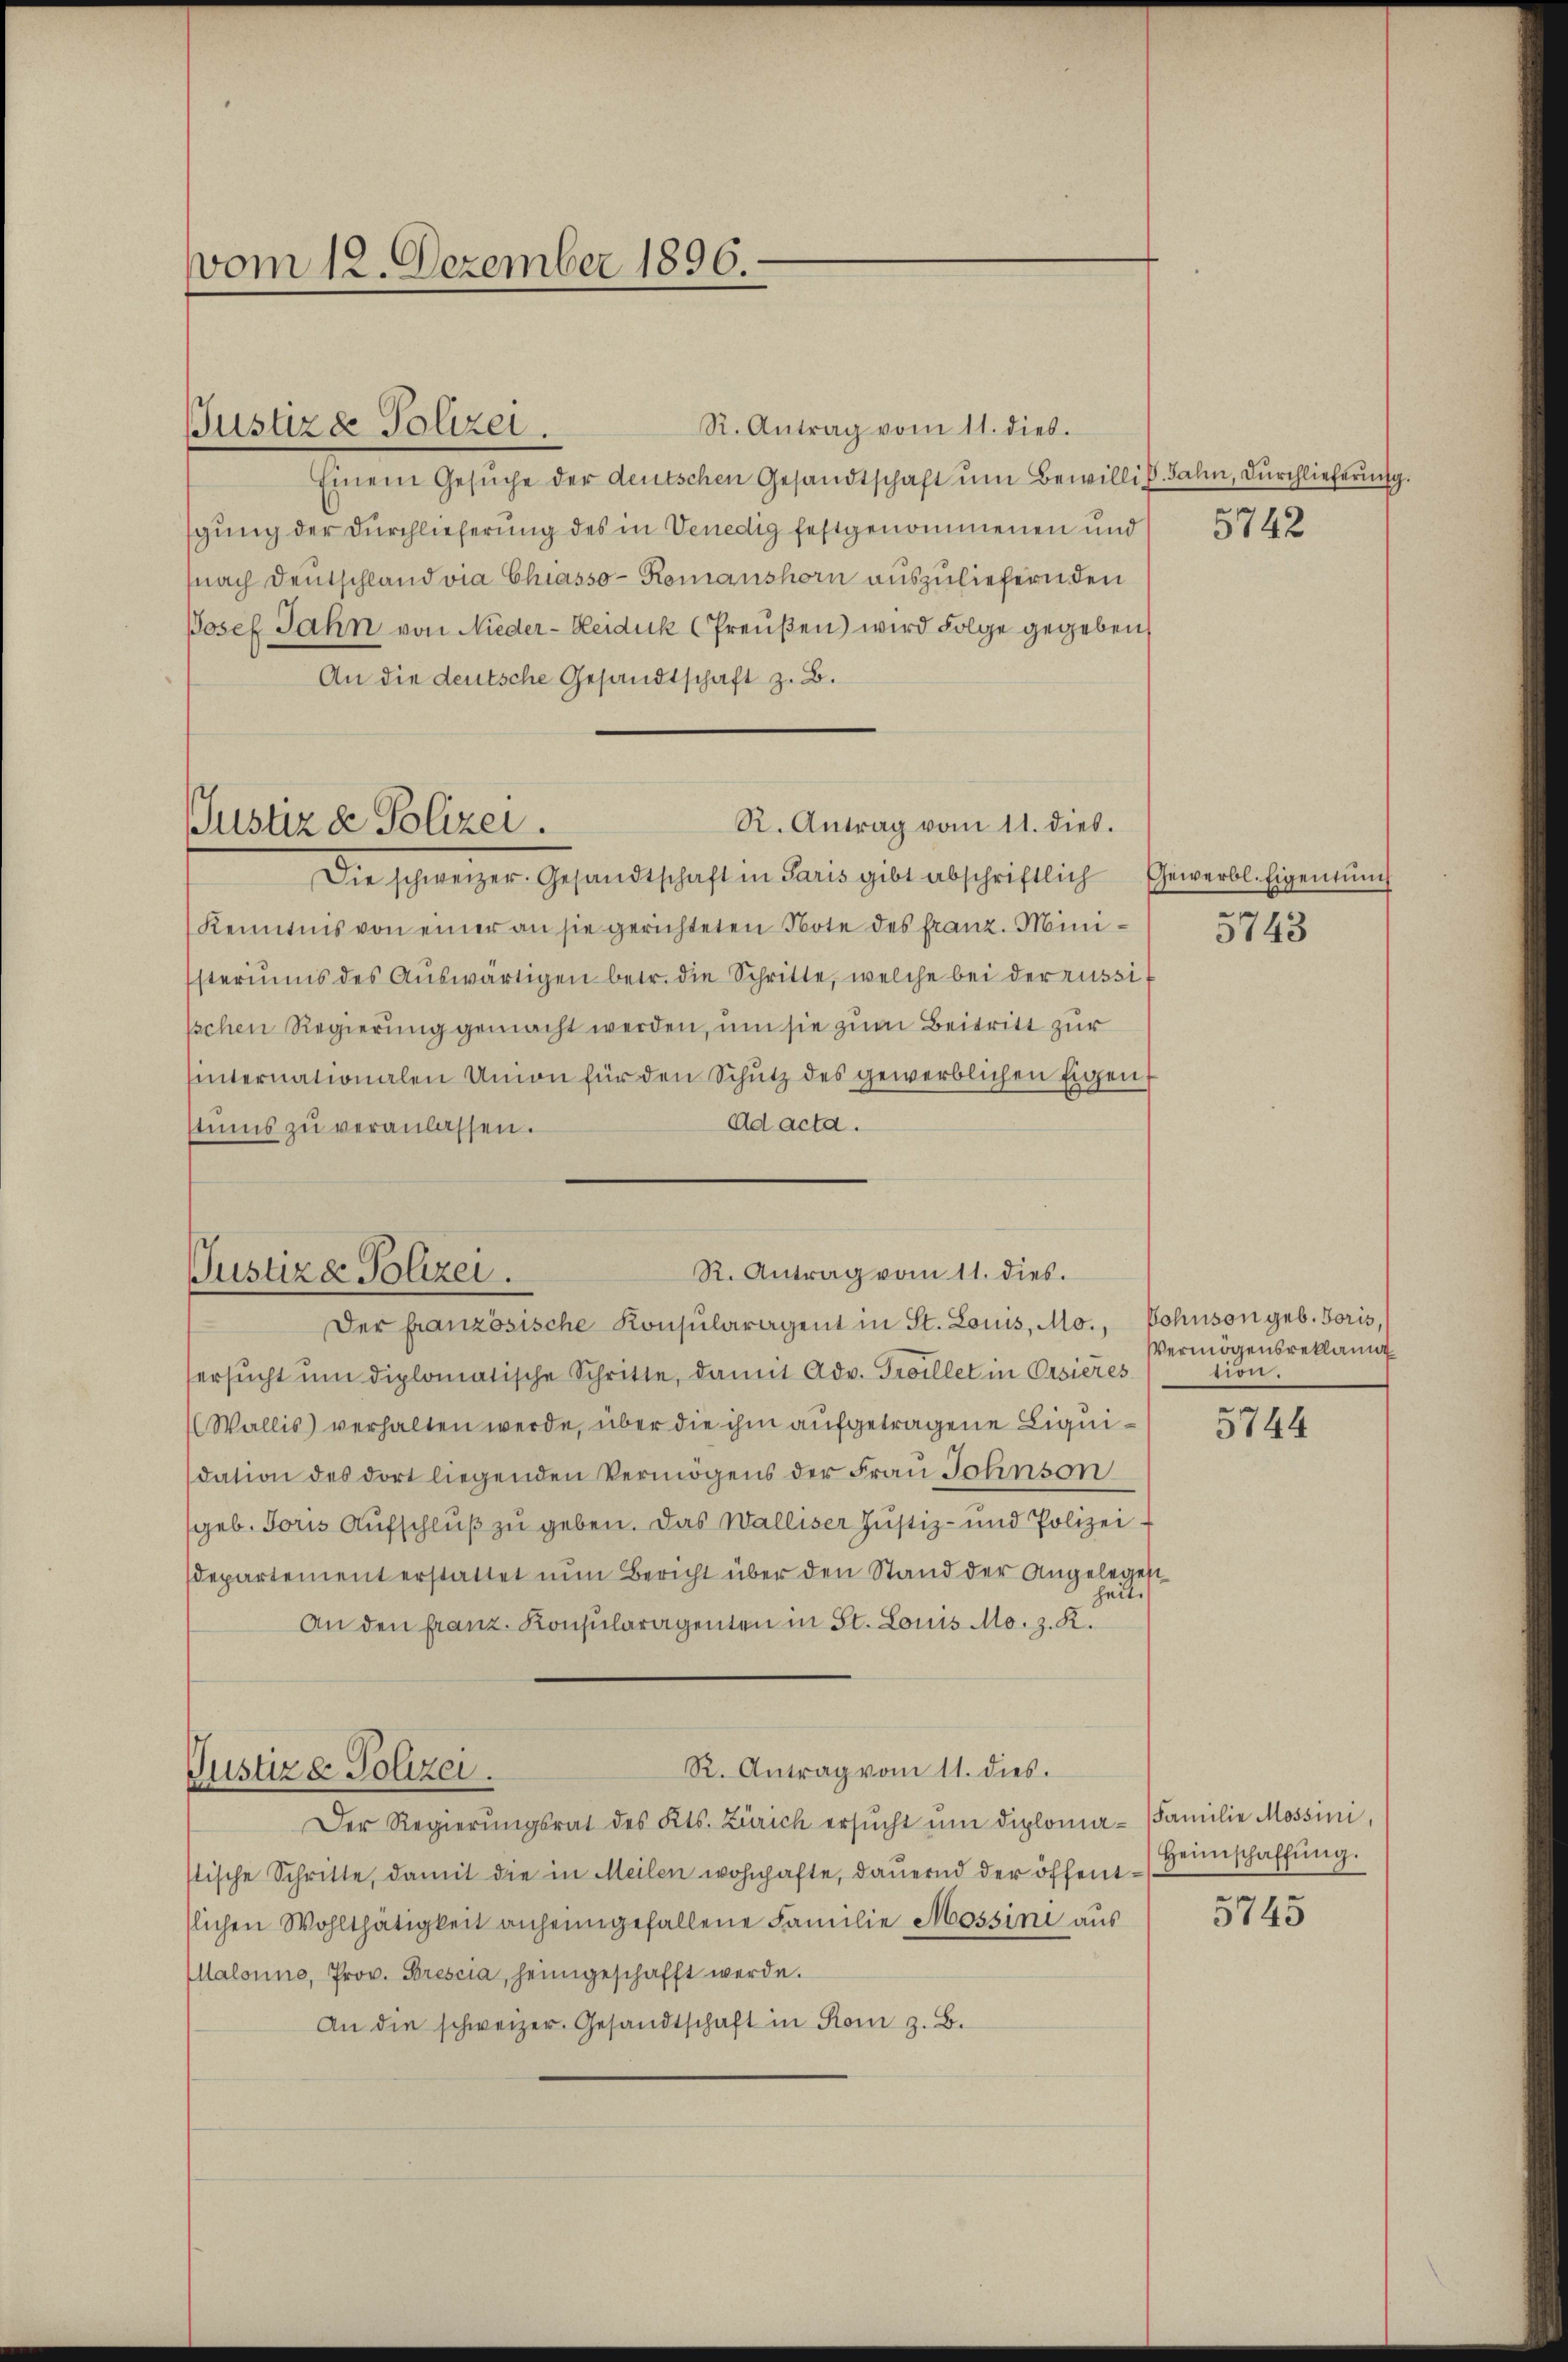
vom 12. Dezember 1896.

Justiz & Polizei.

Der französische Konsularagent in St. Louis, Mo., Sohnson geb. Foris,
ersŭcht ŭm diplomatische Schritte, damit Adv. Troillet in Orsieres
Wallis verhalten werde, über die ihm aufgetragene Liquidation des dort liegenden Vermögens der Frau Sohnson
geb. Joris Aufschluß zu geben. Das Walliser Justiz- und Polizei.
departement erstattet nun Bericht über den Stand der Angelegest
heit.
An den franz. Konsularagenten in St. Louis Mo. z. R.
R. Antrag vom 11. dies.
Justiz & Polizei.
Der Regierŭngsrat des Kts. Zürich ersŭcht ŭm diploma-Familie Mossini,
stische Schritte, damit die in Meilen wohnhafte, daŭernd der öffen Heinschaffŭng.
slichen Wohlthätigkeit anheimgefallene Familie Mossini aus
Malonne, Prov. Brescia, heimgeschafft werde.
An die schweizer. Gesandtschaft in Rom z. B.

R. Antrag vom 11. dieb.
Einem Gesŭche der deutschen Gesandtschaft ŭm Bewillig. Dahin, durchlieferung.
gung der Durchlieferung des in Venedig festgenommenen und
(nach Deutschland via Chiasso- Romanshorn auszuliefern den
Josef Jahn von Nieder-Keiduk (Preußen) wird Folge gegeben,
An die deutsche Gesandtschaft z. B.
R. Antrag vom 11. dies.
Justiz & Polizei.
Die schweizer. Gesandtschaft in Paris gibt abschriftlich Gewerbl. Eigentŭng
Kenntnis von einer an sie gerichteten Note des franz. Ministeriums des Aŭswärtigen betr. die Schritte, welche bei der russi¬
Ischen Regierung gemacht werden, um sie zum Beitritt zur
hinternationalen Union für den Schŭtz des gewerblichen Eigent
Ad acta.
tŭms zŭ veranlassen.

R. Antrag vom 11. dies.
Pustiz & Polizei.

5742

5743

Vermögensreklamnt
tion.

5744

5745